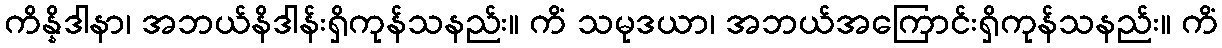
ကိန္နိဒါနာ၊ အဘယ်နိဒါန်းရှိကုန်သနည်း။ ကိံ သမုဒယာ၊ အဘယ်အကြောင်းရှိကုန်သနည်း။ ကိံ